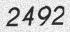
2492